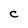
Character: C